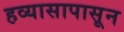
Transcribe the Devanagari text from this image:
हव्यासापासून